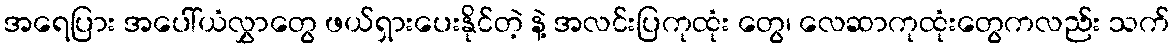
အရေပြား အပေါ်ယံလွှာတွေ ဖယ်ရှားပေးနိုင်တဲ့ နဲ့ အလင်းပြကုထုံး တွေ၊ လေဆာကုထုံးတွေကလည်း သက်